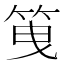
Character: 䇩